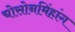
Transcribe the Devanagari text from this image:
चोसोनमिंहांग